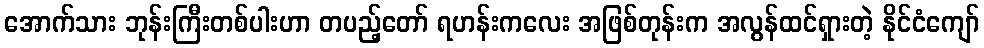
အောက်သား ဘုန်းကြီးတစ်ပါးဟာ တပည့်တော် ရဟန်းကလေး အဖြစ်တုန်းက အလွန်ထင်ရှားတဲ့ နိုင်ငံကျော်